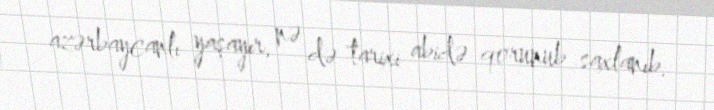
azərbaycanlı yaşayır, nə də tarixi abidə qorunub saxlanıb.